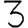
Digit: 3